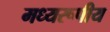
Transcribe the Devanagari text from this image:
मध्यरूपीय